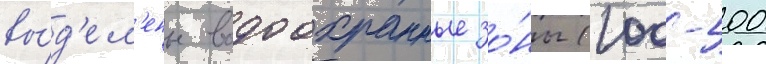
вы́д'ел'ены водоохранные зо́ны (100-500